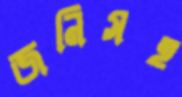
জনিসহ